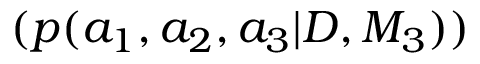
( p ( a _ { 1 } , a _ { 2 } , a _ { 3 } | D , M _ { 3 } ) )